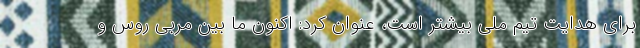
برای هدایت تیم ملی بیشتر است، عنوان کرد: اکنون ما بین مربی روس و